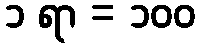
၁ ရာ = ၁၀၀